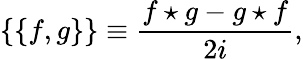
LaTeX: \{ \{ f,g\} \} \equiv{\frac{f\star g-g\star f}{2i}},